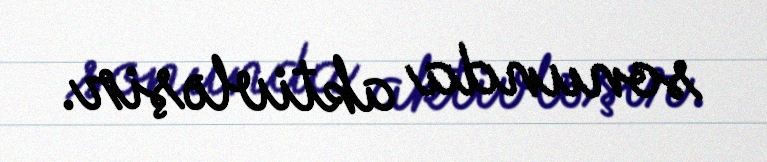
sonunda aktivləşir.